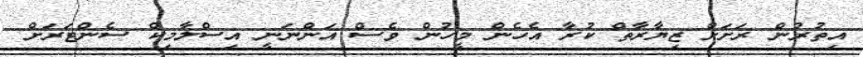
އިތުރުން ރަށަށް ޒިޔާރާތް ކުރާ އެހެން މީހުން ވެސް އަންނަނީ އިސްލާމިކް ސެންޓަރަށް